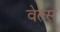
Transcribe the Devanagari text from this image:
वेल्स्